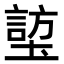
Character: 𪤜